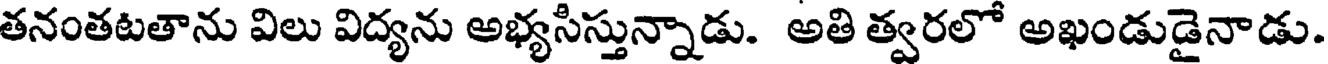
తనంతటతాను విలు విద్యను అభ్యసిస్తున్నాడు. అతి త్వరలో అఖండుడైనాడు.